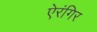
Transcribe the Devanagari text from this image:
ऐरंगिर